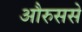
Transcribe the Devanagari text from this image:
औरुससे